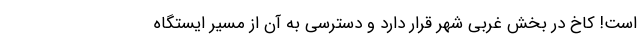
است! کاخ در بخش غربی شهر قرار دارد و دسترسی به آن از مسیر ایستگاه